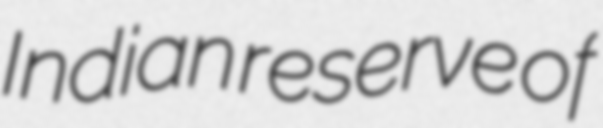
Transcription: Indian reserve of